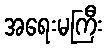
အရေးမကြီး